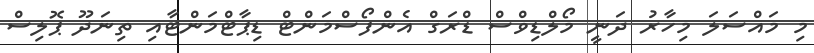
މި މައްސަލަ މިހާރު ދަނީ މޯލްޑިވްސް ޑްރަގް އެންފޯސްމަންޓް ޑިޕާޓްމަންޓާއި ތިނަދޫ ޕޮލިސް